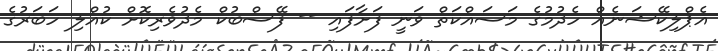
އެޕްލިކޭޝަނެއް ހެދުމުގެ މަސައްކަތް ވަނީ ފަށާފައި -- ފޭސްބުކް މެދުވެރިކޮށް ކުއްލި ހަބަރުގެ